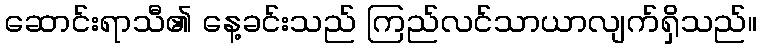
ဆောင်းရာသီ၏ နေ့ခင်းသည် ကြည်လင်သာယာလျက်ရှိသည်။